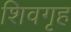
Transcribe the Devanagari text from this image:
शिवगृह